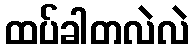
ထပ်ခါတလဲလဲ